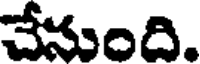
చేనుంది.